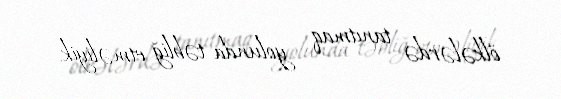
ölkələrdə tanıtmaq yolunda təbliğ etməliyik.